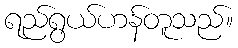
ရည်ရွယ်ဟန်တူသည်။